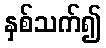
နှစ်သက်၍